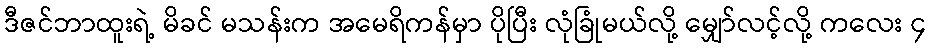
ဒီဇင်ဘာထူးရဲ့ မိခင် မသန်းက အမေရိကန်မှာ ပိုပြီး လုံခြုံမယ်လို့ မျှော်လင့်လို့ ကလေး ၄